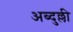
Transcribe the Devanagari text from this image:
अब्दुल्ली